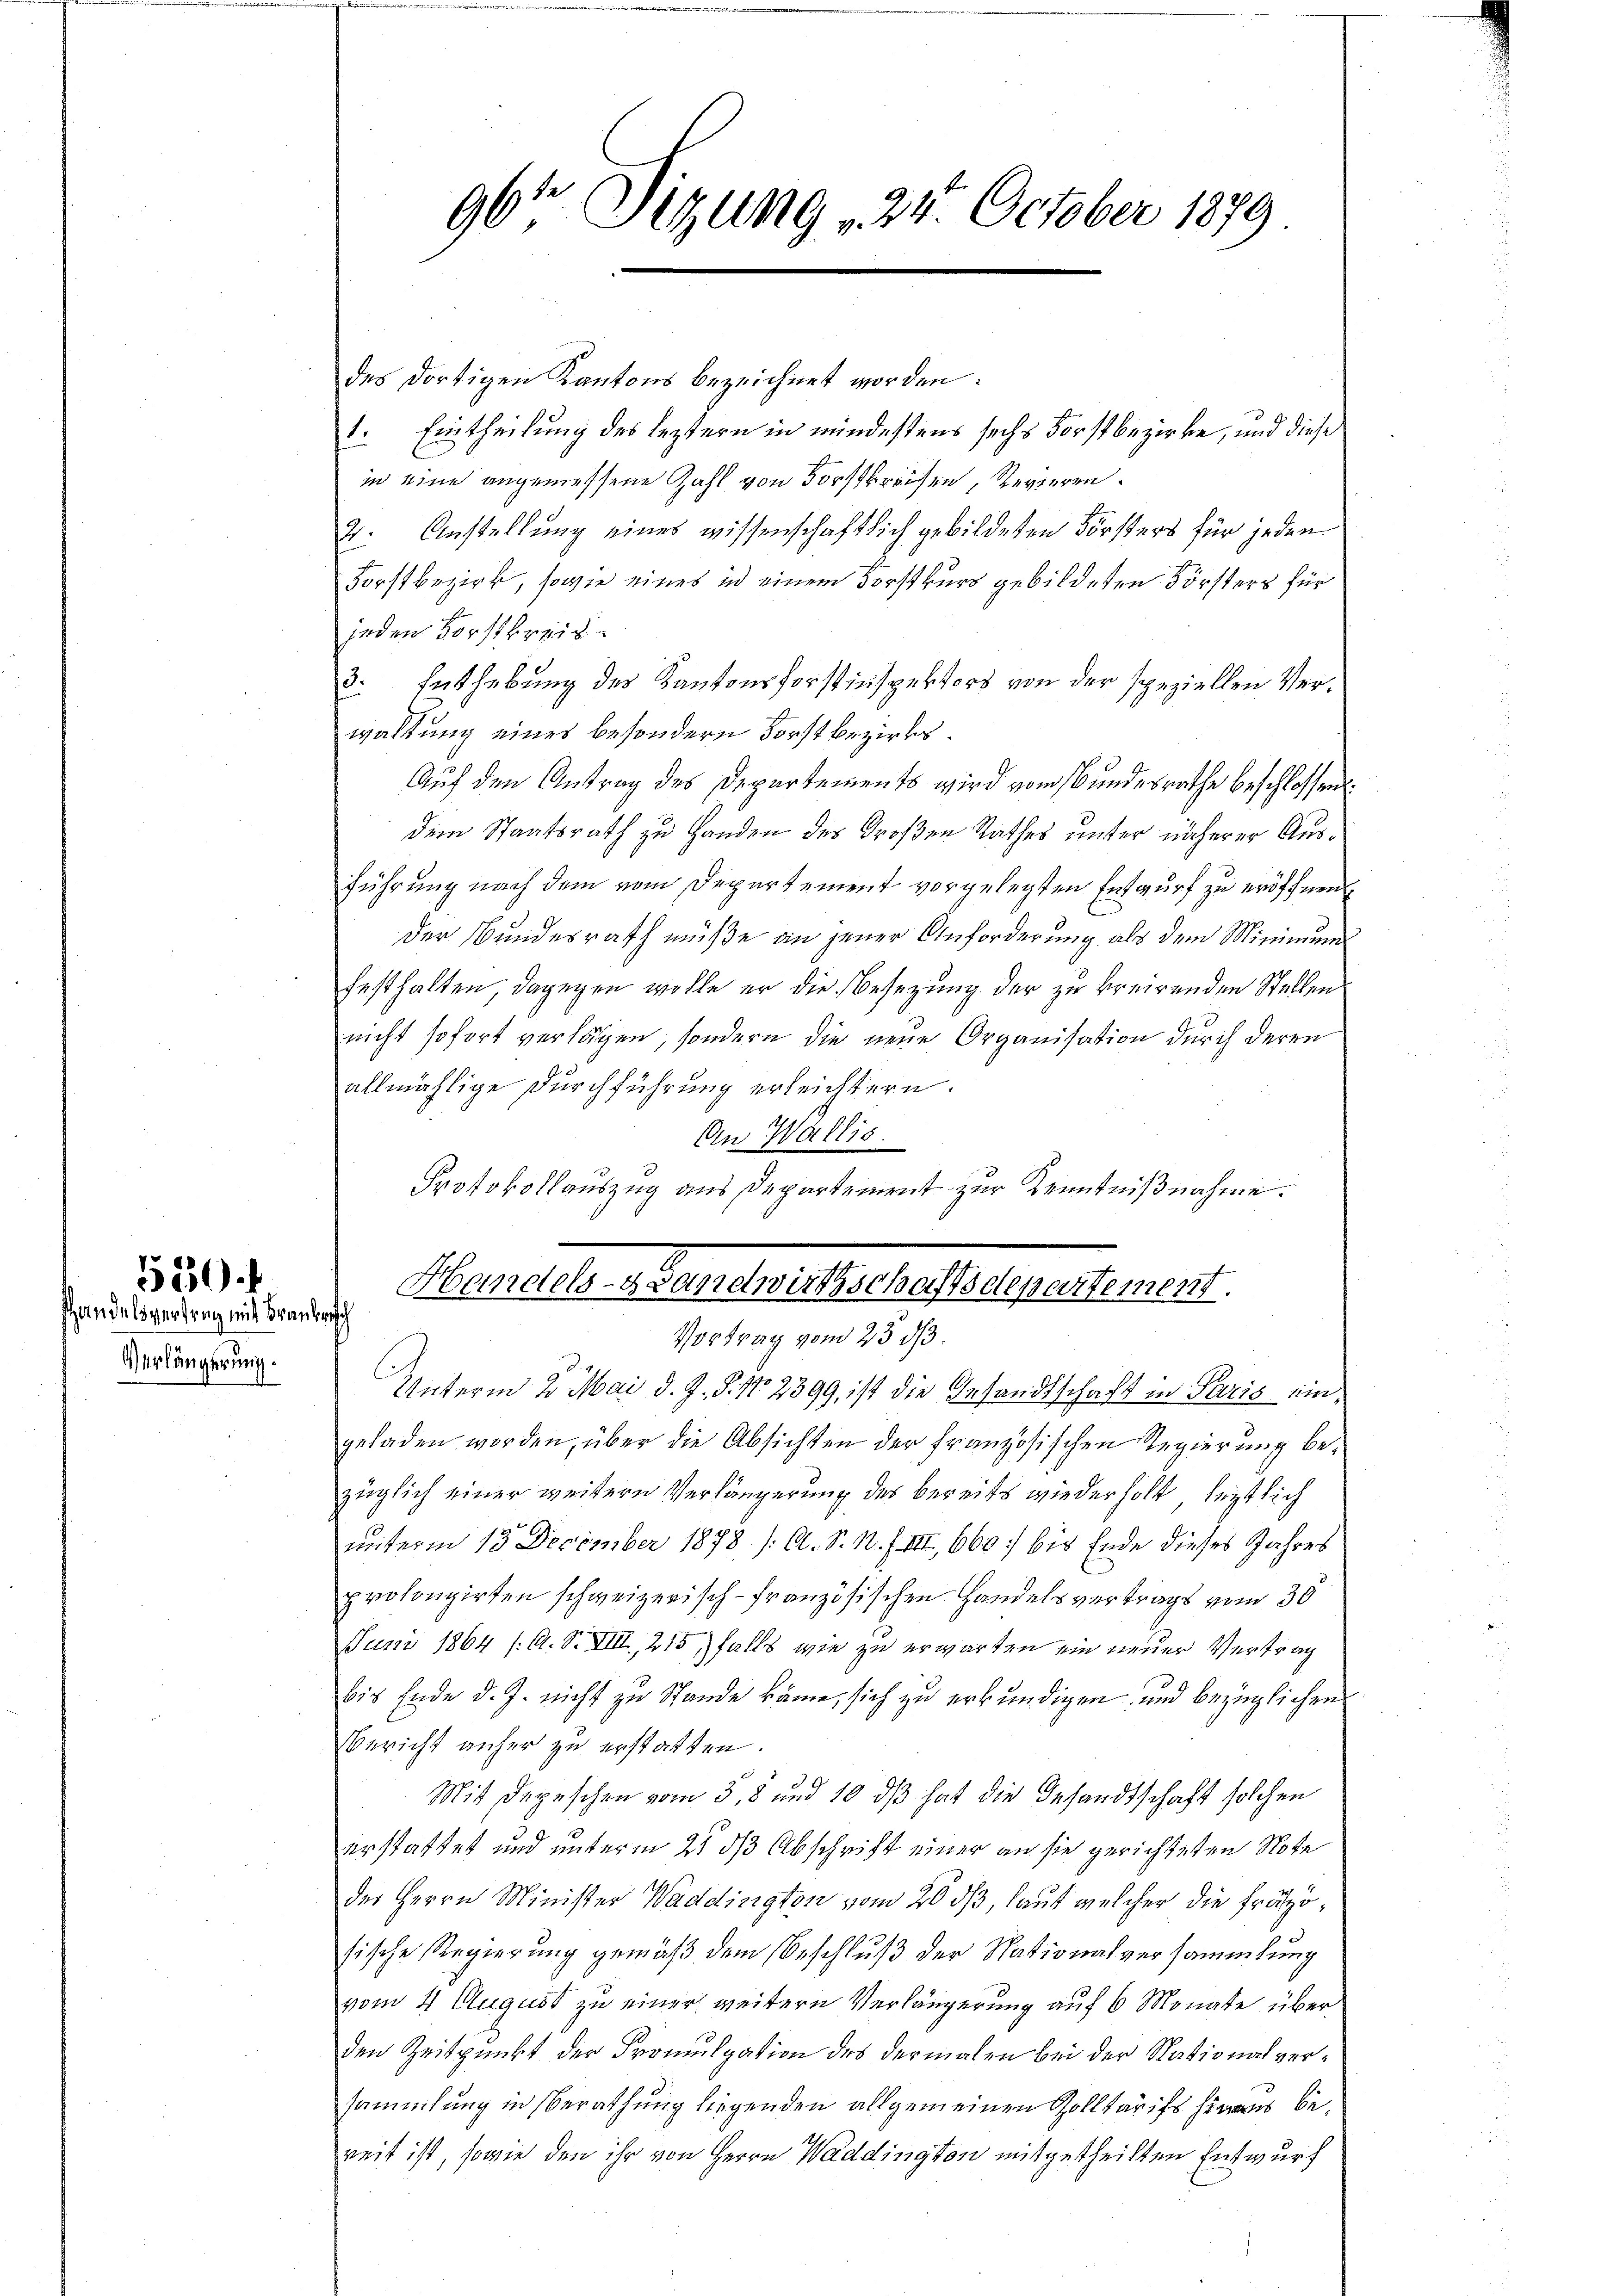
shandelsvertrag mit Brankreisch
Verlängerung.
.

530.

96te Sitzung 24. October 1879

des dortigen Kantons bezeichnet worden:
1. Eintheilung des leztern in mindestens sechs Forstbezirke, und diese
in eine angemessene Zahl von Dorfpreisen, Revieren
2. Anstellung eines wissenschaftlich gebildeten Försters für jeden
Forstbezirk, sowie eines in einem Forstkurs gebildeten Försters für
jeden Forstkreis
3. Enthebung des Kantonsforstinspektors von der speziellen Verwaltung eines besondern Forstbezirks¬
Auf den Antrag des Depertements wird vom Bundesrathe beschlossen:
dem Staatsrath zu Handen des Großen Rathes unter näherer Ausführung nach dem vom Departement vorgelegten Entwurf zu eröffnen
der Bundesrath müße an jener Anforderung als dem Minimu
festhalten, dagegen wolle er die Besetzung der zu breirenden Stellen
nicht sofort verlagen, sondern die neue Organisation durch deren
allmählige Durchführung erleichtern.
An Wallis.
Protokollauszug aus Departement zur Kenntnißnahme.
Handels-Grandwirthschaftsdepartement
Vortrag vom 23. ds.
d. 1
Unterm 2. Mai d. J. P. Nr. 2399, ist die Gesandtschaft in Paris eingeladen worden, über die Absichten der Französischen Regierung bezüglich einer weitern Verlängerung des bereits wiederholt, letztlich
unterm 13. December 1878 /A. S. N. F. III., 660 bis Ende dieses Jahres
prolongirten schweizerisch-französischen Handelsvertrags vom 30
Juni 1864 /: A. S. VIII, 215 falls wie zu erwarten ein neuer Vertrag
bis Ende d. J. nicht zu Stande käme, sich zu erkundigen und bezüglichen
Bericht anher zu erstatten.
Mit Depeschen vom 3. 8 und 10 dß hat die Gesandtschaft solchen
erstattet und unterm 2t ds Abschrift einer an sie gerichteten Note
des Herrn Minister Waddington vom 20 dß, laut welcher die Fräzösische Regierung gemäß dem Beschluß der Nationalversammlung
vom 4 August zu einer weitern Verlängerung auf 6 Monate über
den Zeitpunkt der Promulgation des dermalen bei der Stationalversammlung in Berathung liegenden allgemeinen Zolltarifs heraus bereit ist, sowie den ihr von Herrn Waddington mitgetheilten Entwurf